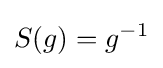
S(g)=g^{-1}